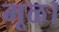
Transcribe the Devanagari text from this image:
मूळ।